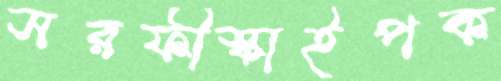
সরফীস্কাইপক